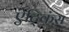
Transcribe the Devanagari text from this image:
ऐट्किंस